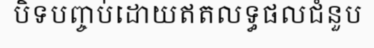
បិទបញ្ចប់ដោយឥតលទ្ធផលជំនួប